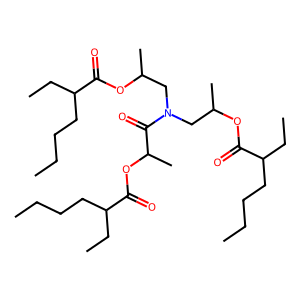
SMILES: CCCCC(CC)C(=O)OC(C)CN(CC(C)OC(=O)C(CC)CCCC)C(=O)C(C)OC(=O)C(CC)CCCC
Inhibits HIV replication: No